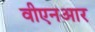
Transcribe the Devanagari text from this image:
वीएनआर